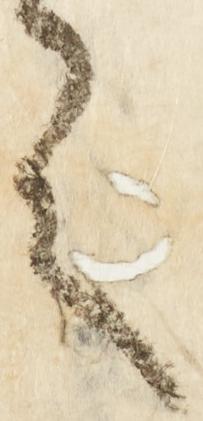
言